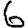
Digit: 6